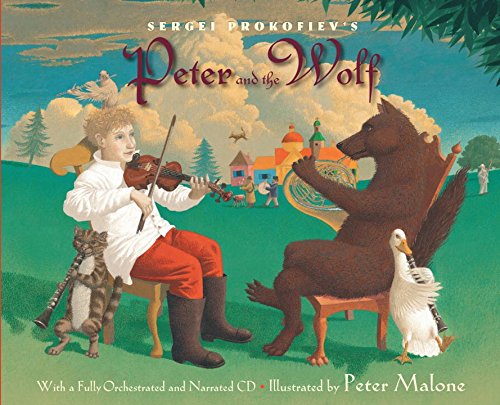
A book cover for Sergei Prokofiev's Peter and the Wolf: With a Fully-Orchestrated and Narrated CD; Sergei Prokofiev; Children's Books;